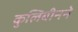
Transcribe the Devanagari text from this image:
कुलिबीनने